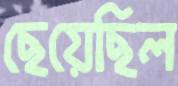
ছেয়েছিল